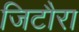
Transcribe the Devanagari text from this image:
जिटौरा